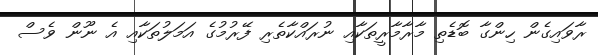
ރާވައިގެން ހިންގާ ބޮޑެތި މާރާމާރީތަކާއި ނުރައްކާތެރި ފޭރުމުގެ އަމަލުތަކާއި އެ ނޫން ވެސް